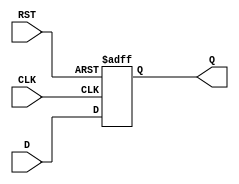
module FlipFlopRegister #(
    parameter N = 8 // Width of the register (number of bits)
) (
    input wire [N-1:0] D,    // Data inputs
    input wire CLK,          // Clock input
    input wire RST,          // Reset input
    output reg [N-1:0] Q     // Data outputs
);

// Sequential logic for the Flip-Flop Register
always @(posedge CLK or posedge RST) begin
    if (RST) begin
        Q <= {N{1'b0}}; // Asynchronous reset (set all bits to 0)
    end else begin
        Q <= D; // Capture data on rising edge of clock
    end
end

endmodule